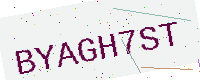
Text: BYAGH7ST